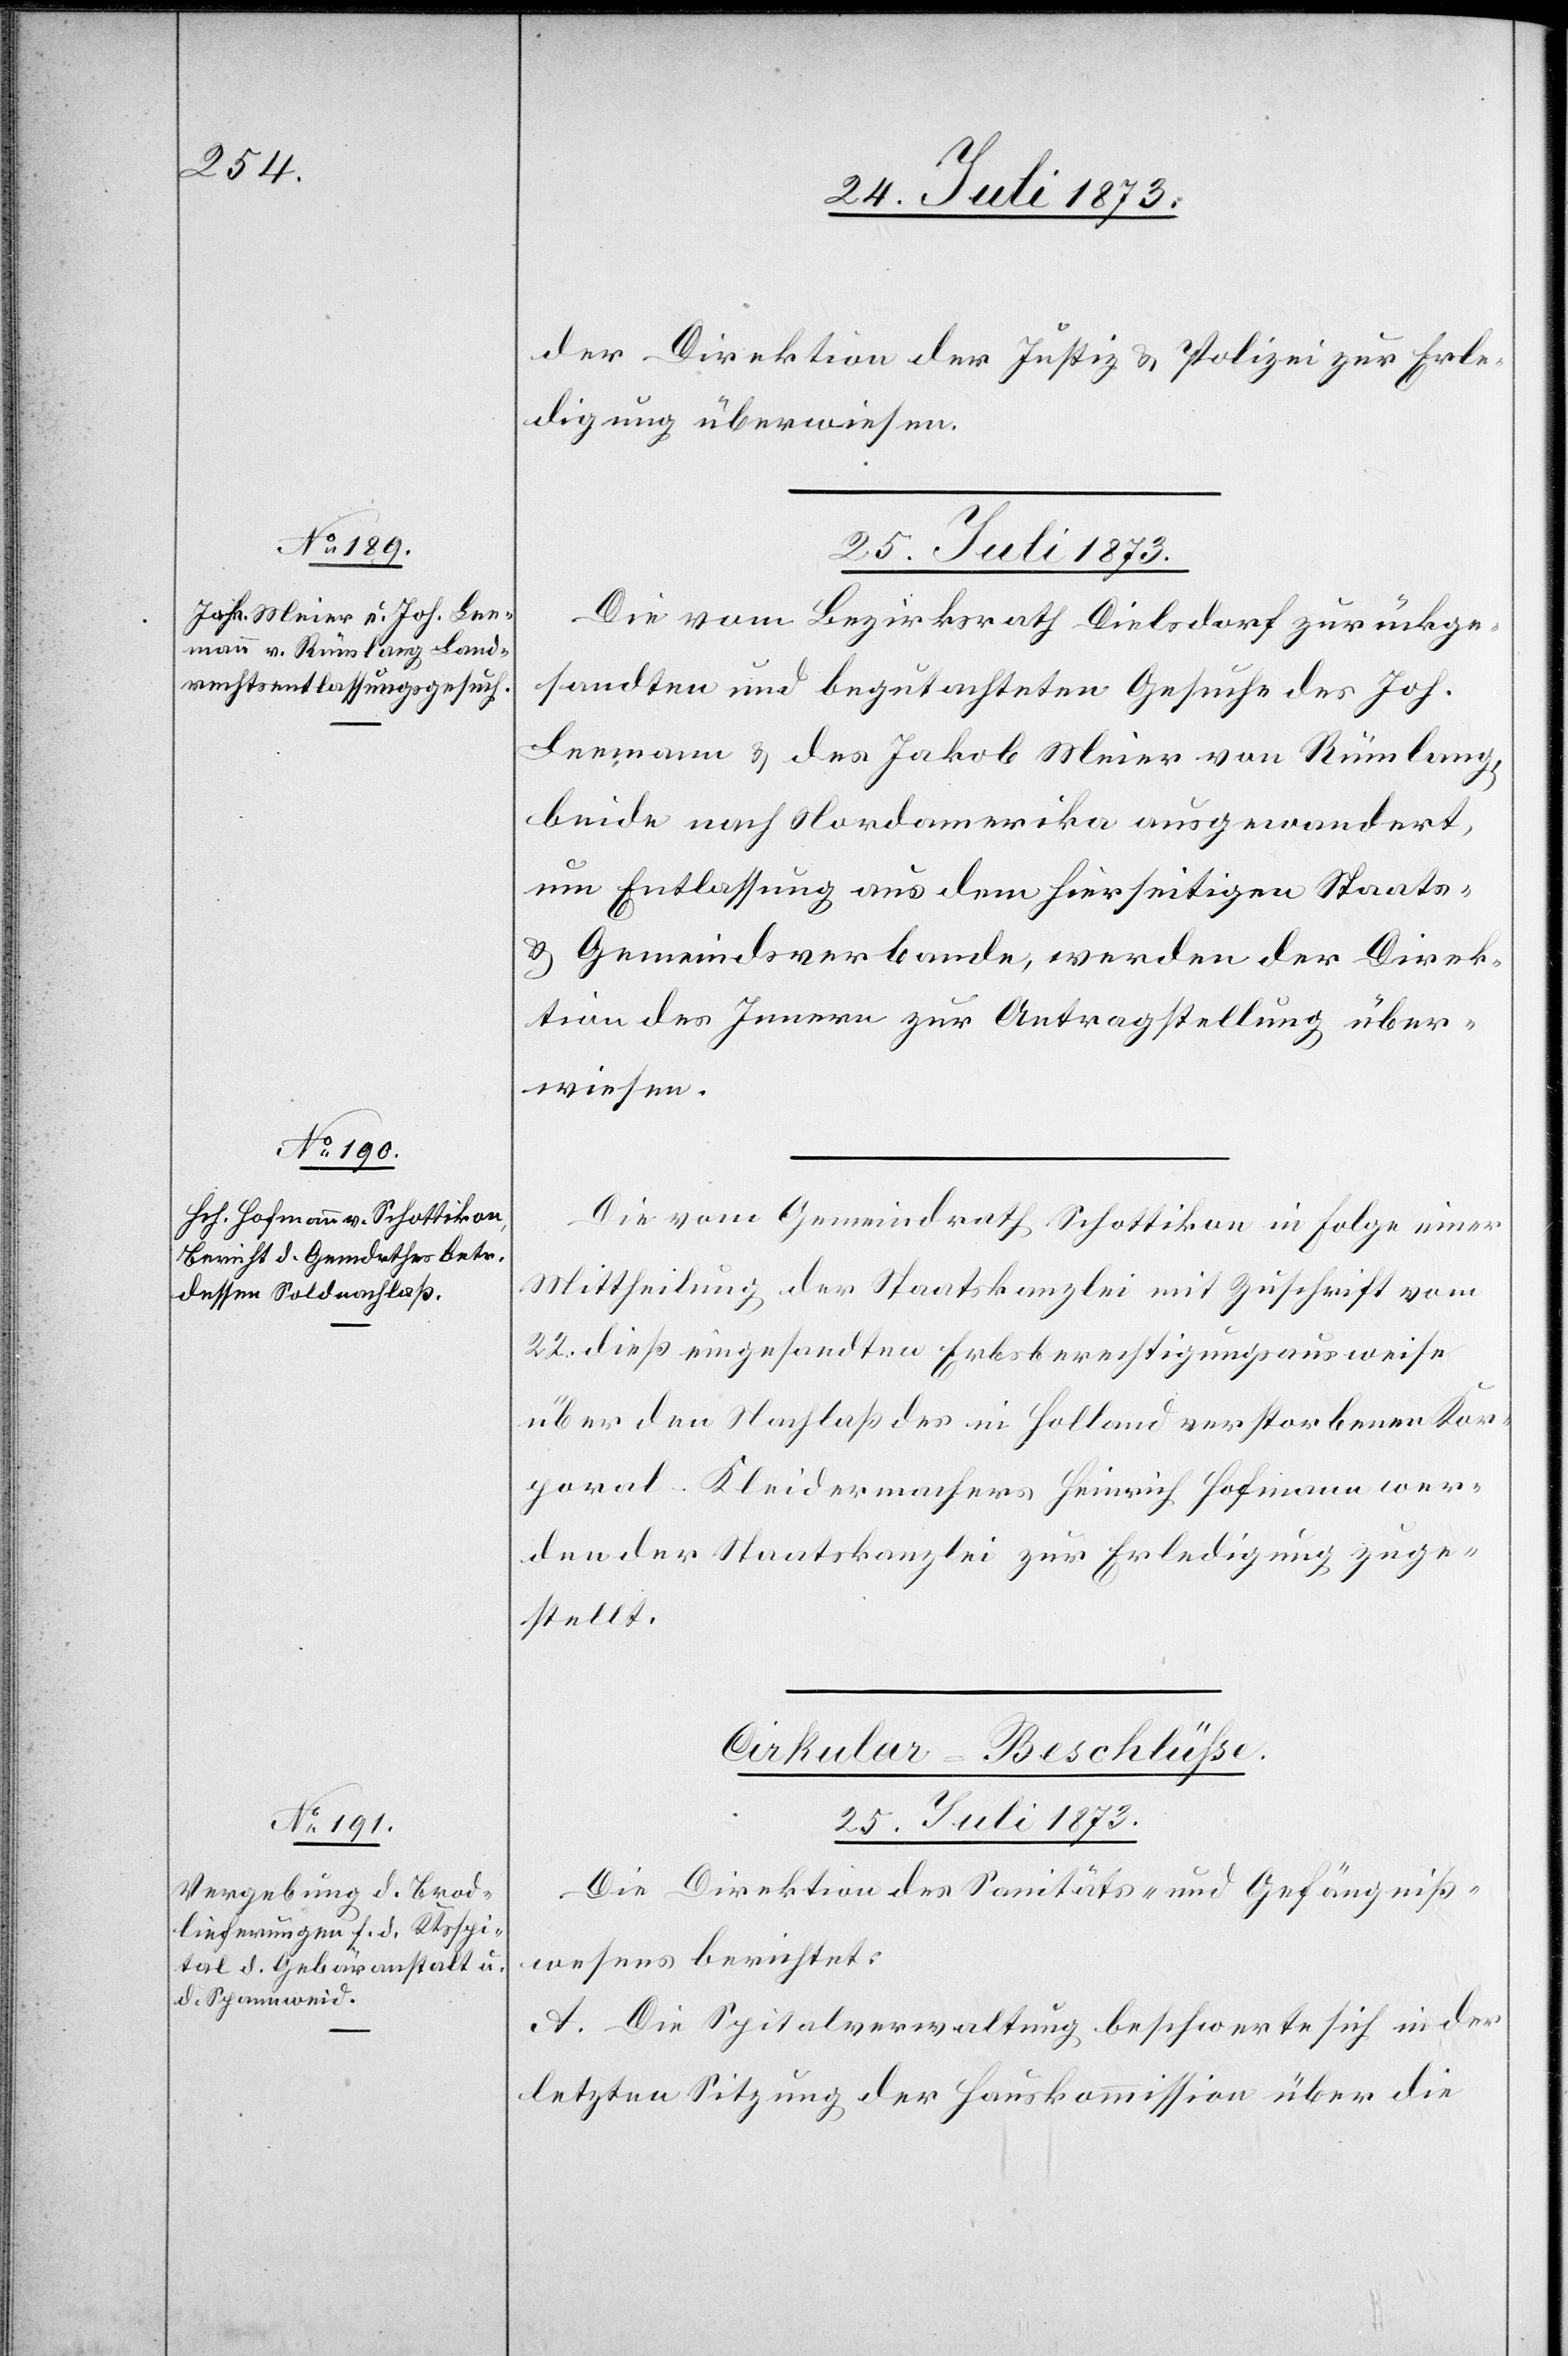
der Direktion der Justiz & Polizei zur Erle¬
digung überwiesen.
25. Juli 1873.
Die vom Bezirksrath Dielsdorf zurückge¬
sandten und begutachteten Gesuche des Joh.
Leemann & des Jakob Meier von Rümlang,
beide nach Nordamerika ausgewandert,
um Entlassung aus dem hierseitigen Staats-
& Gemeindsverbande, werden der Direk¬
tion des Innern zur Antragstellung über¬
wiesen.
Die vom Gemeindrath Schottikon in Folge einer
Mittheilung der Staatskanzlei mit Zuschrift vom
22. dieß eingesandten Erbsberechtigungsausweise
über den Nachlaß des in Holland verstorbenen Kor¬
poral-Kleidermachers Heinrich Hofmann wer¬
den der Staatskanzlei zur Erledigung zuge¬
stellt.
Cirkular-Beschlüsse.
25. Juli 1873.
Die Direktion des Sanitäts- und Gefängniß¬
wesens berichtet:
A. Die Spitalverwaltung beschwerte sich in der
letzten Sitzung der Hauskommission über die